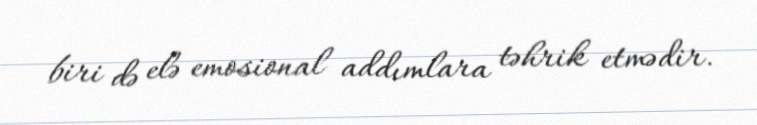
biri də elə emosional addımlara təhrik etmədir.